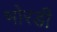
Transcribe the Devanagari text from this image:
भोरडी